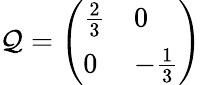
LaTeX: \mathcal{Q}=\left(\begin{array}{ll}{{{\frac{2}{3}}}}&{{0}}\\ {{0}}&{{-{\frac{1}{3}}}}\end{array}\right)